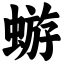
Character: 蝣